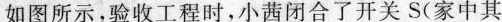
如图所示，验收工程时，小茜闭合了开关S(家中其